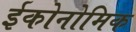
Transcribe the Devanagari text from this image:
ईकोनोमिक